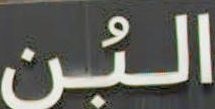
البن